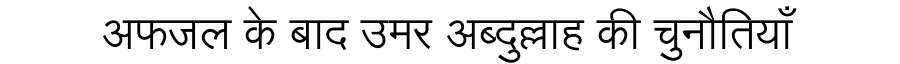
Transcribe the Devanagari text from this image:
अफजल के बाद उमर अब्दुल्लाह की चुनौतियाँ